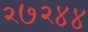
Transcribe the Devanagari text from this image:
२७२४४